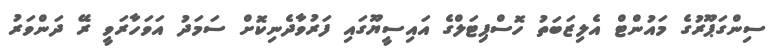
ސިންގަޕޫރުގެ މައުންޓް އެލިޒަބަތު ހޮސްޕިޓަލްގެ އައިސީޔޫގައި ފަރުވާދެނިކޮށް ސަމަދު އަވަހާރަވީ ރޭ ދަންވަރު